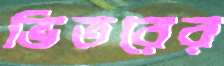
ভিতরের